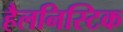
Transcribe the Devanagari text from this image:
हैलनिस्टिक